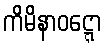
ကိမိနာဝဋ္ဋော